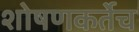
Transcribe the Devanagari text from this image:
शोषणकर्तेच